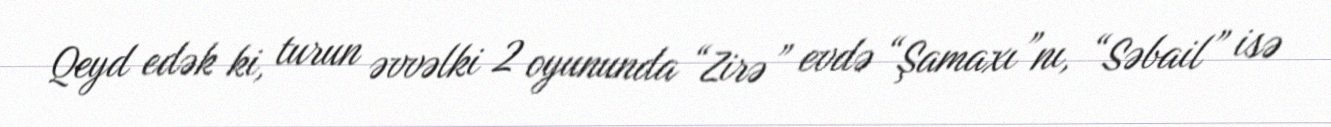
Qeyd edək ki, turun əvvəlki 2 oyununda “Zirə” evdə “Şamaxı”nı, “Səbail” isə